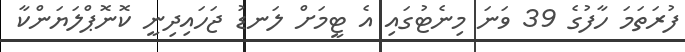
ފުރަތަމަ ހާފުގެ 39 ވަނަ މިނެޓުގައި އެ ޓީމަށް ލަނޑު ޖަހައިދިނީ ކޮނޮޕްލަޔަންކާ